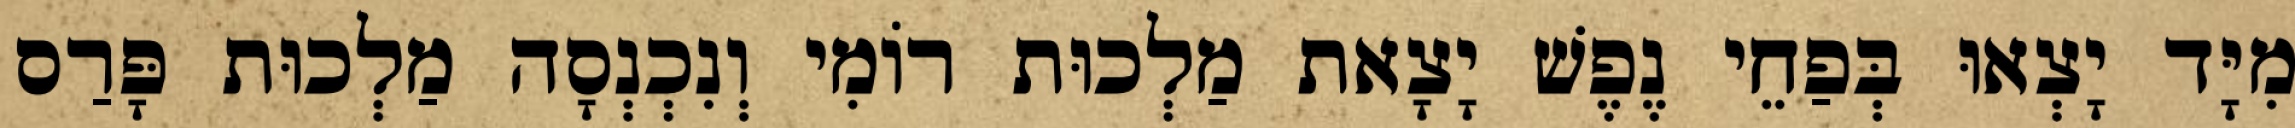
מִיָּד יָצְאוּ בְּפַחֵי נֶפֶשׁ יָצָאת מַלְכוּת רוֹמִי וְנִכְנְסָה מַלְכוּת פָּרַס